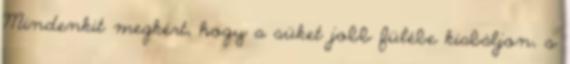
Mindenkit megkért, hogy a süket jobb fülébe kiabáljon, s